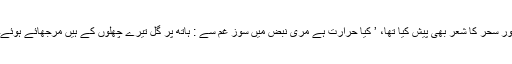
اور سحر کا شعر بھی پیش کیا تھا، ’ کیا حرارت ہے مری نبض میں سوز غم سے : ہاتھ پر گل تیرے چھّلوں کے ہیں مرجھائے ہوئے۔